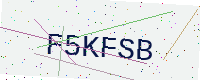
Text: F5KFSB